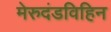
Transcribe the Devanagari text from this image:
मेरुदंडविहिन